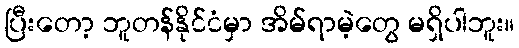
ပြီးတော့ ဘူတန်နိုင်ငံမှာ အိမ်ရာမဲ့တွေ မရှိပါဘူး။